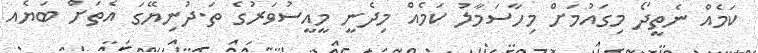
ކަމެއް ނެތީދޯ މިގައުމަށް މިހާސަމާލު ކަމެއް މިދެނީ މީއީސުވަރުގެ ތަ.ދުނިޔޭގަ އެތަށް ބަޔެއ